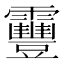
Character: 靊